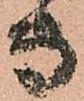
専